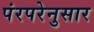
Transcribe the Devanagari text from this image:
पंरपरेनुसार